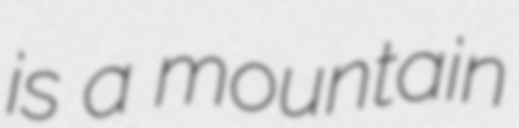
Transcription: is a mountain